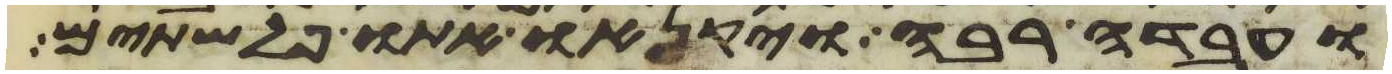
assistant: ועבדה רבה ויקנאו אתו פלשתים